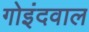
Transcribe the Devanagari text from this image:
गोइंदवाल